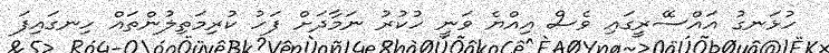
ހުޅަނގު އައްސޭރީގައި ވެސް އިއްޔެ ވަނީ ހުކުރު ނަމާދަށް ފަހު ކުރިމަތިލުންތައް ހިނގައިފަ